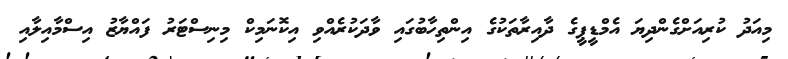
މިއަދު ކުރިއަށްގެންދިޔަ އެމްޑީޕީގެ ދާއިރާތަކުގެ އިންތިހާބުގައި ވާދަކުރެއްވި އިކޮނަމިކް މިނިސްޓަރު ފައްޔާޒު އިސްމާއިލާއި